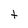
Character: t